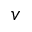
v